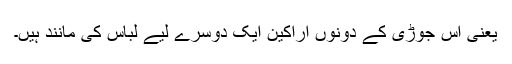
یعنی اس جوڑی کے دونوں اراکین ایک دوسرے لیے لباس کی مانند ہیں۔